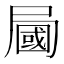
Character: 𡳚